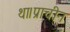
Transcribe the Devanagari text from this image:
था।प्राचीन